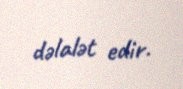
dəlalət edir.